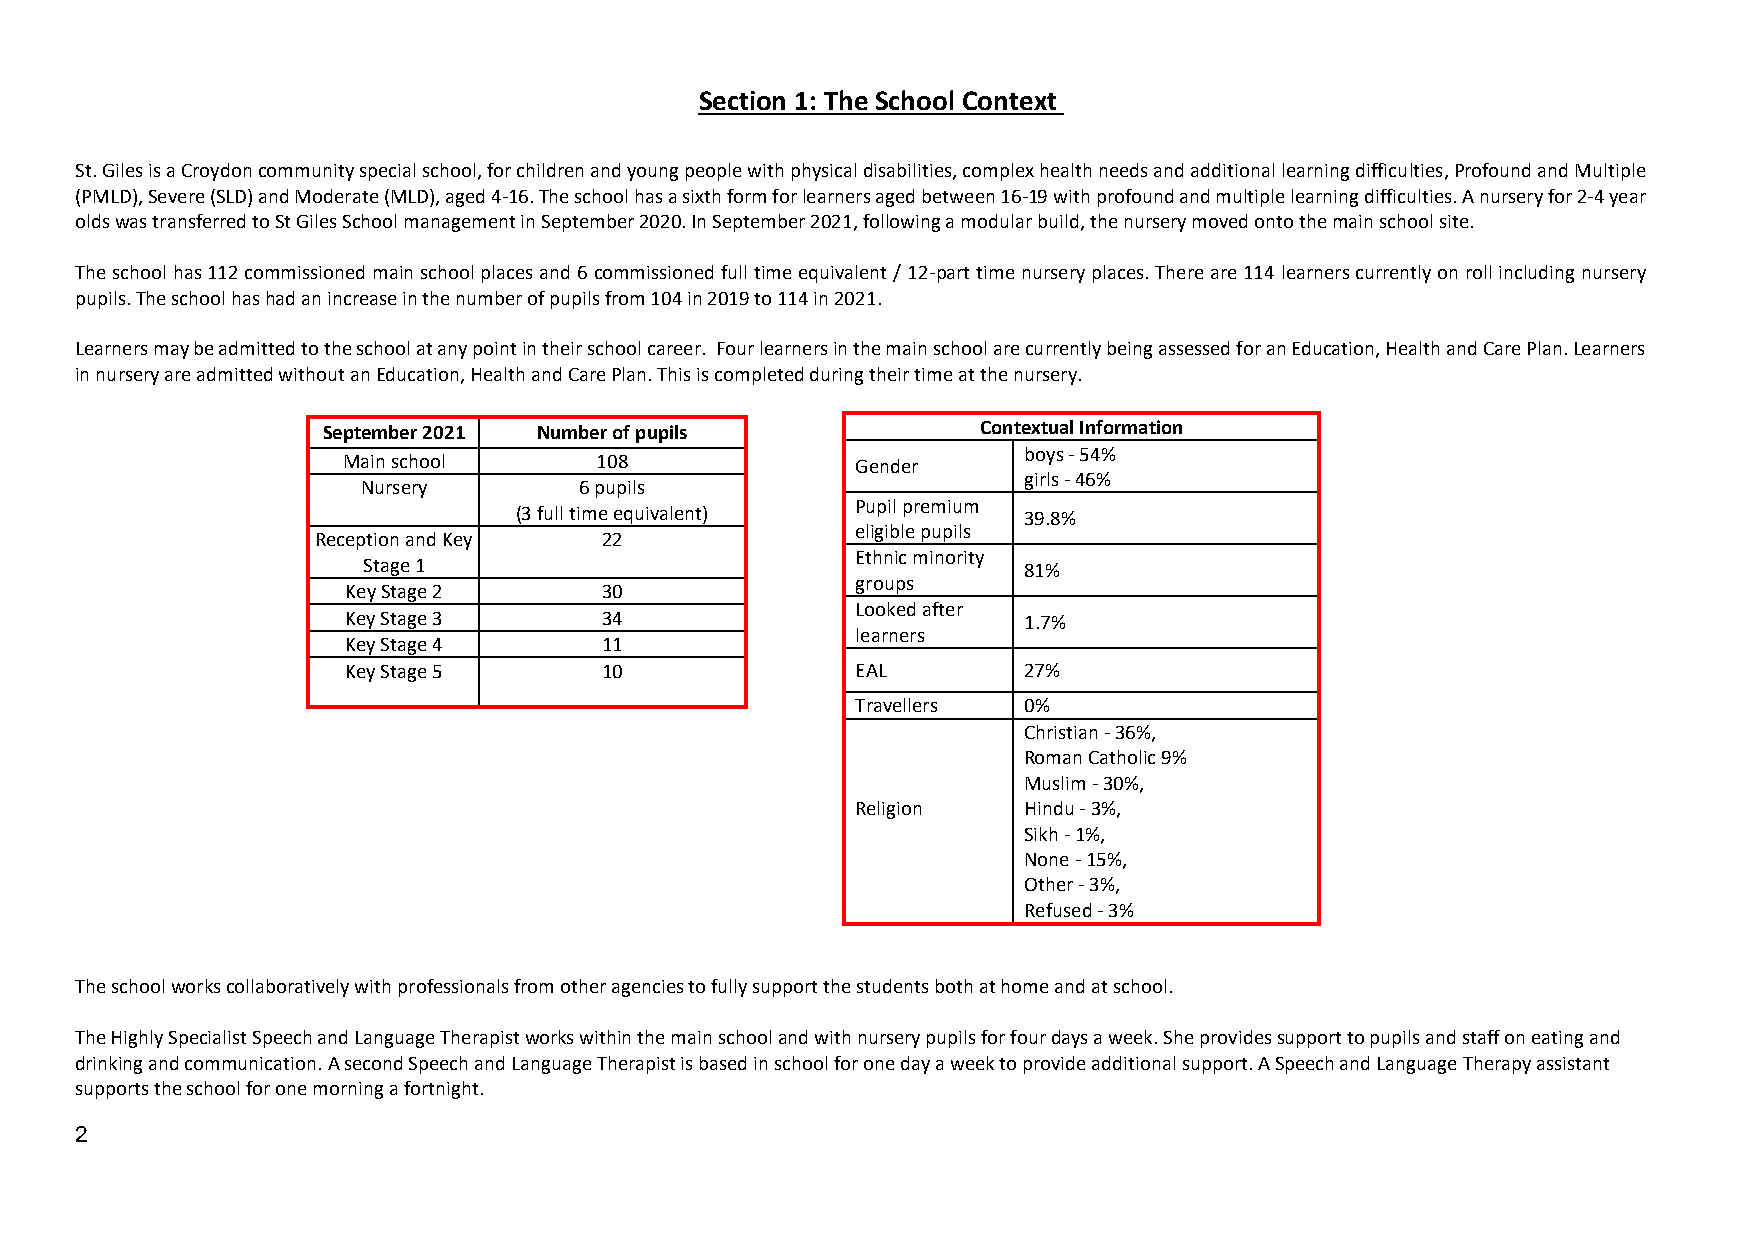
Section 1: The School Context
 St. Giles is a Croydon community special school, for children and young people with physical disabilities, complex health needs and additional learning difficulties, Profound and Multiple
 (PMLD), Severe (SLD) and Moderate (MLD), aged 4-16. The school has a sixth form for learners aged between 16-19 with profound and multiple learning difficulties. A nursery for 2-4 year
 olds was transferred to St Giles School management in September 2020. In September 2021, following a modular build, the nursery moved onto the main school site.
 The school has 112 commissioned main school places and 6 commissioned full time equivalent / 12-part time nursery places. There are 114 learners currently on roll including nursery
 pupils. The school has had an increase in the number of pupils from 104 in 2019 to 114 in 2021.
 Learners may be admitted to the school at any point in their school career. Four learners in the main school are currently being assessed for an Education, Health and Care Plan. Learners
 in nursery are admitted without an Education, Health and Care Plan. This is completed during their time at the nursery.
 September 2021 Number of pupils             Contextual Information
 boys - 54%
 Main school     108               Gender
 girls - 46%
 Nursery       6 pupils
 Pupil premium
 (3 full time equivalent)          39.8%
 eligible pupils
 Reception and Key  22
 Ethnic minority
 Stage 1                                     81%
 groups
 Key Stage 2      30
 Looked after
 Key Stage 3      34                          1.7%
 learners
 Key Stage 4      11
 Key Stage 5      10               EAL        27%
 Travellers 0%
 Christian - 36%,
 Roman Catholic 9%
 Muslim - 30%,
 Religion   Hindu - 3%,
 Sikh - 1%,
 None - 15%,
 Other - 3%,
 Refused - 3%
 The school works collaboratively with professionals from other agencies to fully support the students both at home and at school.
 The Highly Specialist Speech and Language Therapist works within the main school and with nursery pupils for four days a week. She provides support to pupils and staff on eating and
 drinking and communication. A second Speech and Language Therapist is based in school for one day a week to provide additional support. A Speech and Language Therapy assistant
 supports the school for one morning a fortnight.
 2